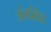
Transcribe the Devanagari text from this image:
अंतर्प्रवेश